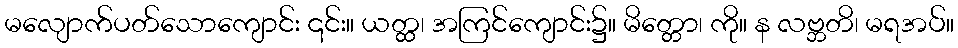
မလျောက်ပတ်သောကျောင်း ၎င်း။ ယတ္ထ၊ အကြင်ကျောင်း၌။ မိတ္တော၊ ကို။ န လဗ္ဘတိ၊ မရအပ်။